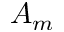
A _ { m }